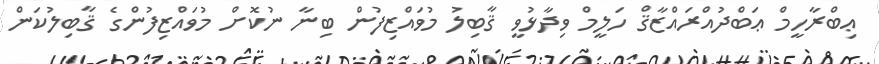
ޢިބްރާހީމް ޢަބްދުއްރައްޒާޤް ހަލީމް ވިދާޅުވީ ޤާބިލު މުވައްޒިފުން ބިނާ ނުކޮށް މުވައްޒިފުންގެ ޤާބިލުކަން